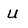
Character: U